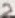
Text: 2